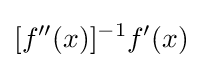
[f''(x)]^{-1}f'(x)